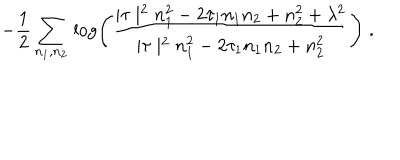
\! \! \! \! - \frac { 1 } { 2 } \sum _ { n _ { 1 } , n _ { 2 } } \, \log \left( \frac { \mid \tau \mid ^ { 2 } n _ { 1 } ^ { 2 } - 2 \tau _ { 1 } n _ { 1 } n _ { 2 } + n _ { 2 } ^ { 2 } + \lambda ^ { 2 } } { \mid \tau \mid ^ { 2 } n _ { 1 } ^ { 2 } - 2 \tau _ { 1 } n _ { 1 } n _ { 2 } + n _ { 2 } ^ { 2 } } \right) \; .